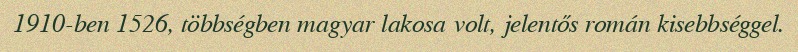
1910-ben 1526, többségben magyar lakosa volt, jelentős román kisebbséggel.